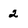
Character: 2